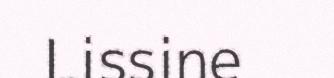
Lissine